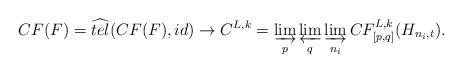
LaTeX: \begin{align*}CF(F)= \widehat{tel}(CF(F), id)\rightarrow C^{L,k}=\varinjlim_{p}\varprojlim_{q}\varinjlim_{n_{i}}CF^{L,k}_{[p,q]}(H_{n_{i},t}).\end{align*}